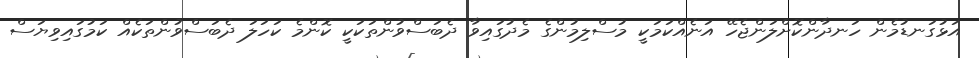
އަޅުގަނޑުމެން ހަނދާންކޮށްލަންޖެހޭ އަނެއްކަމަކީ މުސްލިމުންގެ މެދުގައިވާ ދެބަސްވުންތަކަކީ ކޮންމެ ކަހަލަ ދެބަސްވުންތަކެއް ކަމުގައިވިޔަސް